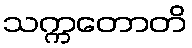
သက္ကတောတိ